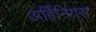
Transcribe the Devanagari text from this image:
अर्हिनियस